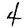
Digit: 4